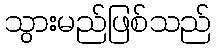
သွားမည်ဖြစ်သည်